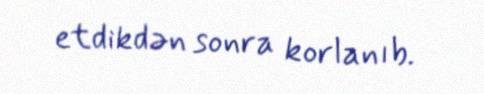
etdikdən sonra korlanıb.